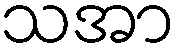
သအာ